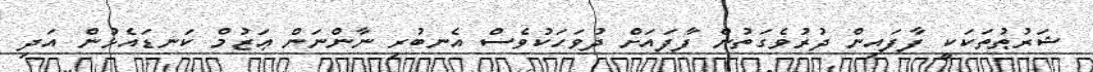
ޝަރުޠުތަކަކީ ފާފައިން ދުރުވެގަތުން ފާފައަށް ދުވަހަކުވެސް އެނބުރި ނާންނަން ޢަޒުމް ކަނޑައެޅުން އަދި